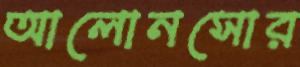
আলোনসোর